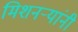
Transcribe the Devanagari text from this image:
मिशनर्‍यांनी